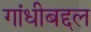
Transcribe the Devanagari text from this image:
गांधीबद्दल